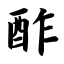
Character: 酢